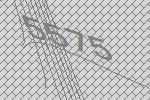
5575